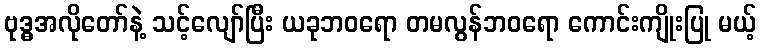
ဗုဒ္ဓအလိုတော်နဲ့ သင့်လျော်ပြီး ယခုဘဝရော တမလွန်ဘဝရော ကောင်းကျိုးပြု မယ့်